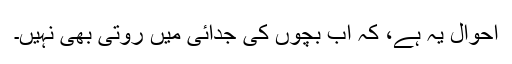
احوال یہ ہے، کہ اب بچوں کی جدائی میں روتی بھی نہیں۔